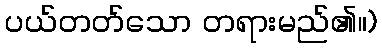
ပယ်တတ်သော တရားမည်၏။)